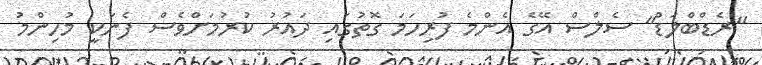
"ރެޑްބްލަޑް" ސެލްސް އޭގެ އެންމެ ފުރިހަމަ ގޮތުގައި ދައުރު ކުރުމަށްވެސް ފެނަކީ މުހިންމު